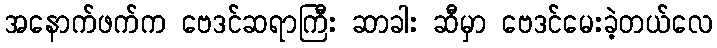
အနောက်ဖက်က ဗေဒင်ဆရာကြီး ဆာခါး ဆီမှာ ဗေဒင်မေးခဲ့တယ်လေ